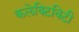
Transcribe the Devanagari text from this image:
कलेक्टिविटी